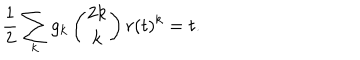
LaTeX: \frac 1 2 \sum _ { k } g _ { k } \left( { 2 k \atop k } \right) r ( t ) ^ { k } = t .